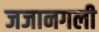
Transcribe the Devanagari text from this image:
जजानगली